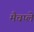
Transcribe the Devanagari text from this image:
मैचप्ले